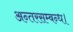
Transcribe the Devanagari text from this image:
अन्तरसम्बन्ध।